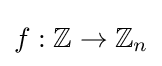
f:\mathbb {Z} \rightarrow \mathbb {Z} _{n}